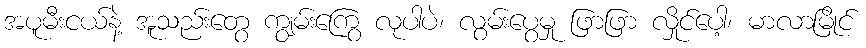
အပူမီးငယ်နဲ့ အူသည်းတွေ ကျွမ်းကြွေ လုပါပဲ၊ လွမ်းပွေမှု ဖြာဖြာ လှိုင်ပေါ့၊ မာလာမြိုင်